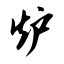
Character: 炉